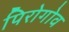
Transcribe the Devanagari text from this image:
पिरोगोव